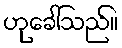
ဟုခေါ်သည်။